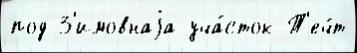
под З'имовнаjа уча́сток Т'еч́т